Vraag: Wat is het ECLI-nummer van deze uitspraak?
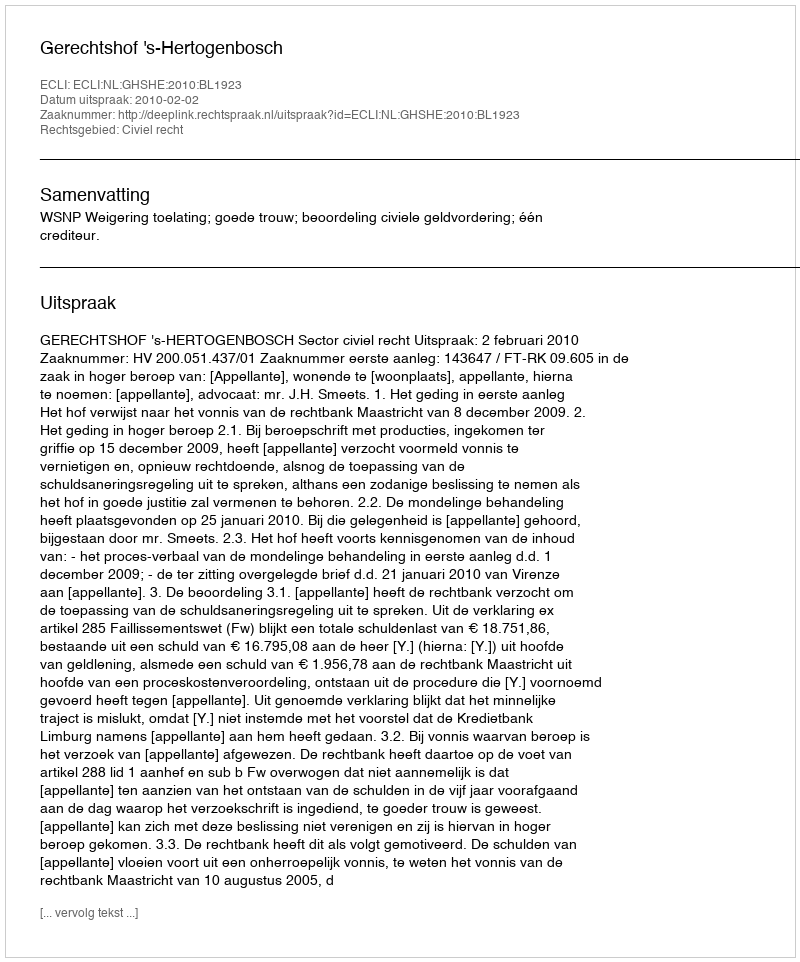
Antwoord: ECLI:NL:GHSHE:2010:BL1923